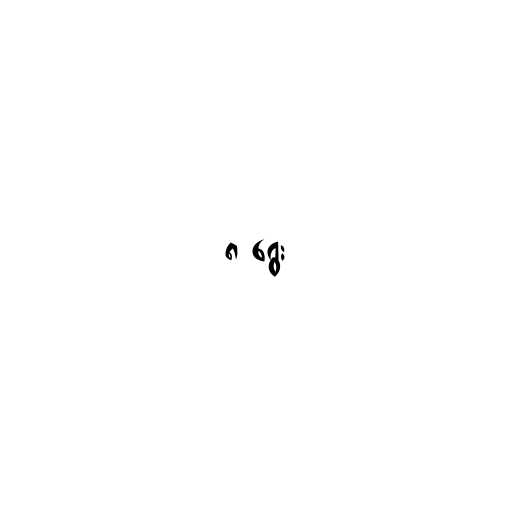
၈ ရွေး